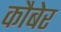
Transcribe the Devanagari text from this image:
कौबेर